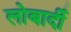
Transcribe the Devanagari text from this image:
लोबार्दी